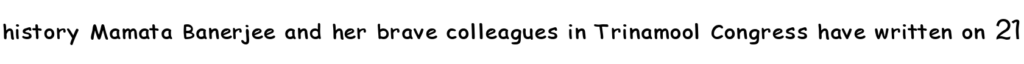
history Mamata Banerjee and her brave colleagues in Trinamool Congress have written on 21